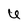
Character: U